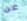
عن